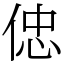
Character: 𠊞